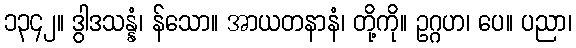
၁၃၄၂။ ဒွါဒသန္နံ၊ န်သော။ အာယတနာနံ၊ တို့ကို။ ဥဂ္ဂဟ၊ ပေ။ ပညာ၊